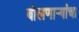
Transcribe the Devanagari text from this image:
बोलणार्‍यांचा